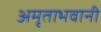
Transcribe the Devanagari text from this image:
अमृताभवानी